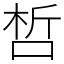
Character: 𠵍